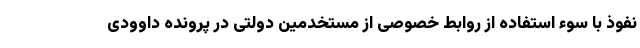
نفوذ با سوء استفاده از روابط خصوصی از مستخدمین دولتی در پرونده داوودی